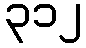
၃၁၂